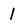
Character: 1